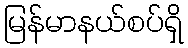
မြန်မာနယ်စပ်ရှိ